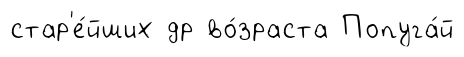
стар'е́йших др во́зраста Попуга́й